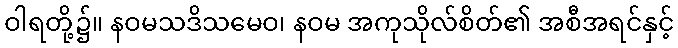
ဝါရတို့၌။ နဝမသဒိသမေဝ၊ နဝမ အကုသိုလ်စိတ်၏ အစီအရင်နှင့်